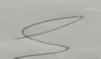
Signature authenticity: genuine